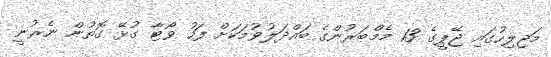
މަޖިލިހުގައި ޖޭޕީގެ 13 މެމްބަރުންގެ ބައްދަލުވުމަކަށް ފަހު ވޯޓާ ގުޅޭ ގޮތުން ނެރުނީ